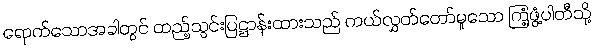
ရောက်သောအခါတွင် ထည့်သွင်းပြဋ္ဌာန်းထားသည် ကယ်လွှတ်တော်မူသော ကြံ့ဖွံ့ပါတီသို့